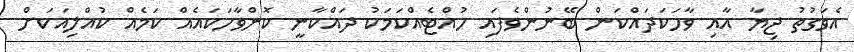
އެވަގުތު ޖިޔާ އާއި ވާހަކަދައްކަން ބޭނުންވެފައި ހުއްޓެއްކަމަކު ދައްކާނީ ކޮންވާހަކައެއް ކަމެއް ކުއްލިއަކަށް